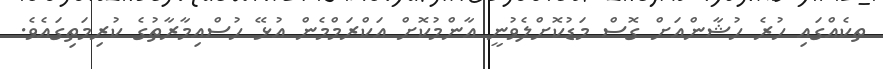
ތކެއްގައި ހުރެ ހުޝާންއަށް ގޮސް މަޑުކޮށްލެވުނީ އާންމުކޮށް އަކްރަމްމެން އުޅޭ ހުސްއިމާރާތުގެ ކުރިމަތިގައެވެ.